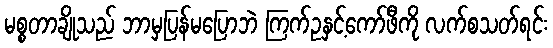
မစ္စတာချိုသည် ဘာမှပြန်မပြောဘဲ ကြက်ဥနှင့်ကော်ဖီကို လက်စသတ်ရင်း